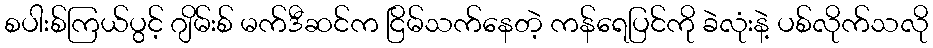
စပါးစ်ကြယ်ပွင့် ဂျိမ်းစ် မက်ဒီဆင်က ငြိမ်သက်နေတဲ့ ကန်ရေပြင်ကို ခဲလုံးနဲ့ ပစ်လိုက်သလို